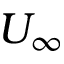
U _ { \infty }